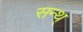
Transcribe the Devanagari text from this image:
सन्थ्